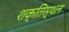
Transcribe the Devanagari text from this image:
शक्तिस्थल